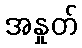
အနှုတ်